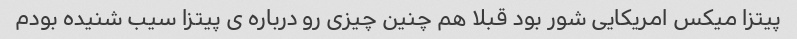
پیتزا میکس امریکایی شور بود قبلا هم چنین چیزی رو درباره ی پیتزا سیب شنیده بودم